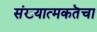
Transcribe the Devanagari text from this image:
संख्यात्मकतॆचा